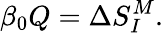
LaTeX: \beta_{0}Q=\Delta S_{I}^{M}.